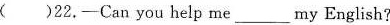
( )22.-Can you he!p me___my English?